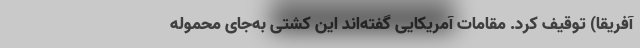
آفریقا) توقیف کرد. مقامات آمریکایی گفته‌اند این کشتی به‌جای محمولهٔ